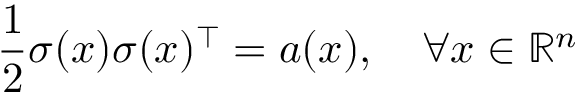
{ \frac { 1 } { 2 } } \sigma ( x ) \sigma ( x ) ^ { \top } = a ( x ) , \quad \forall x \in \mathbb { R } ^ { n }